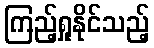
ကြည့်ရှုနိုင်သည့်